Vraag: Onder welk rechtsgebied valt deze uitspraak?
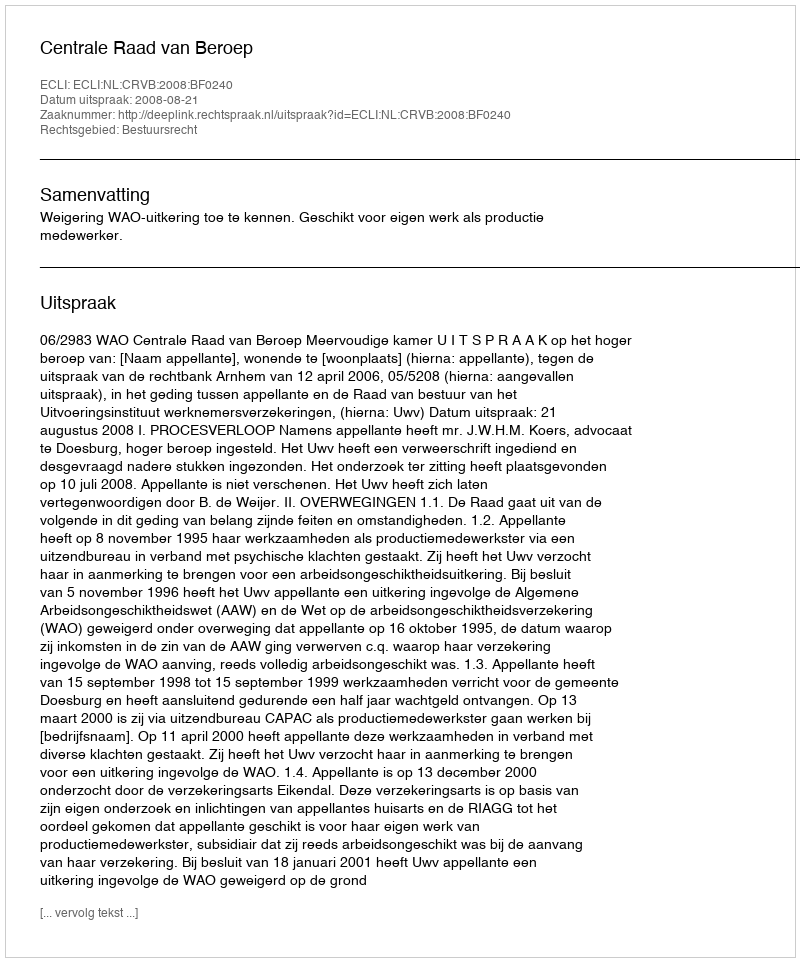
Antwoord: Bestuursrecht